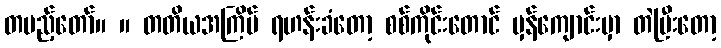
တပည့်တော်။ ။ တတိယအကြိမ် ရဟန်းခံတော့ စစ်ကိုင်းတောင် မှန်ကျောင်းမှာ တဲပြီးတော့